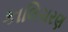
કાલિચરણ